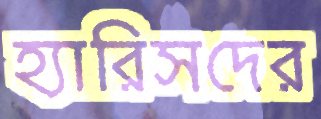
হ্যারিসদের